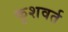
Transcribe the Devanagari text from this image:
कुशवर्त